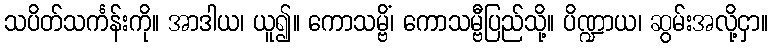
သပိတ်သင်္ကန်းကို။ အာဒါယ၊ ယူ၍။ ကောသမ္ဗိံ၊ ကောသမ္ဗီပြည်သို့။ ပိဏ္ဍာယ၊ ဆွမ်းအလို့ငှာ။